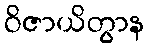
ဝိဇာယိတွာန